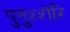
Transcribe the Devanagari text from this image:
पुतुश्शेरि